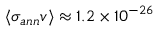
\langle \sigma _ { a n n } v \rangle \approx 1 . 2 \times 1 0 ^ { - 2 6 }